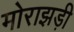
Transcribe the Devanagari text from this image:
मोराझड़ी